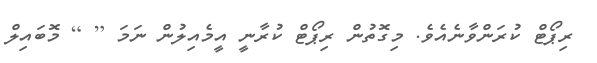
ރިޕޯޓް ކުރަންވާނެއެވެ. މިގޮތުން ރިޕޯޓް ކުރާނީ އީމެއިލުން ނަމަ [ ] މޮބައިލް